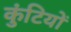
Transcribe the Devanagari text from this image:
कुंटियों